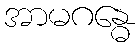
အာမဂန္ဓေ